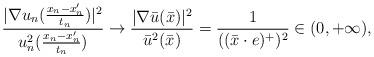
LaTeX: \begin{align*}\frac{|\nabla u_n(\frac{x_n-x_n'}{t_n})|^2}{u_n^2(\frac{x_n-x_n'}{t_n})}\to \frac{|\nabla \bar u(\bar x) |^2}{\bar u^2(\bar x)}=\frac{1}{((\bar x\cdot e)^+)^2}\in (0,+\infty),\end{align*}